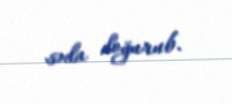
səda doğurub.